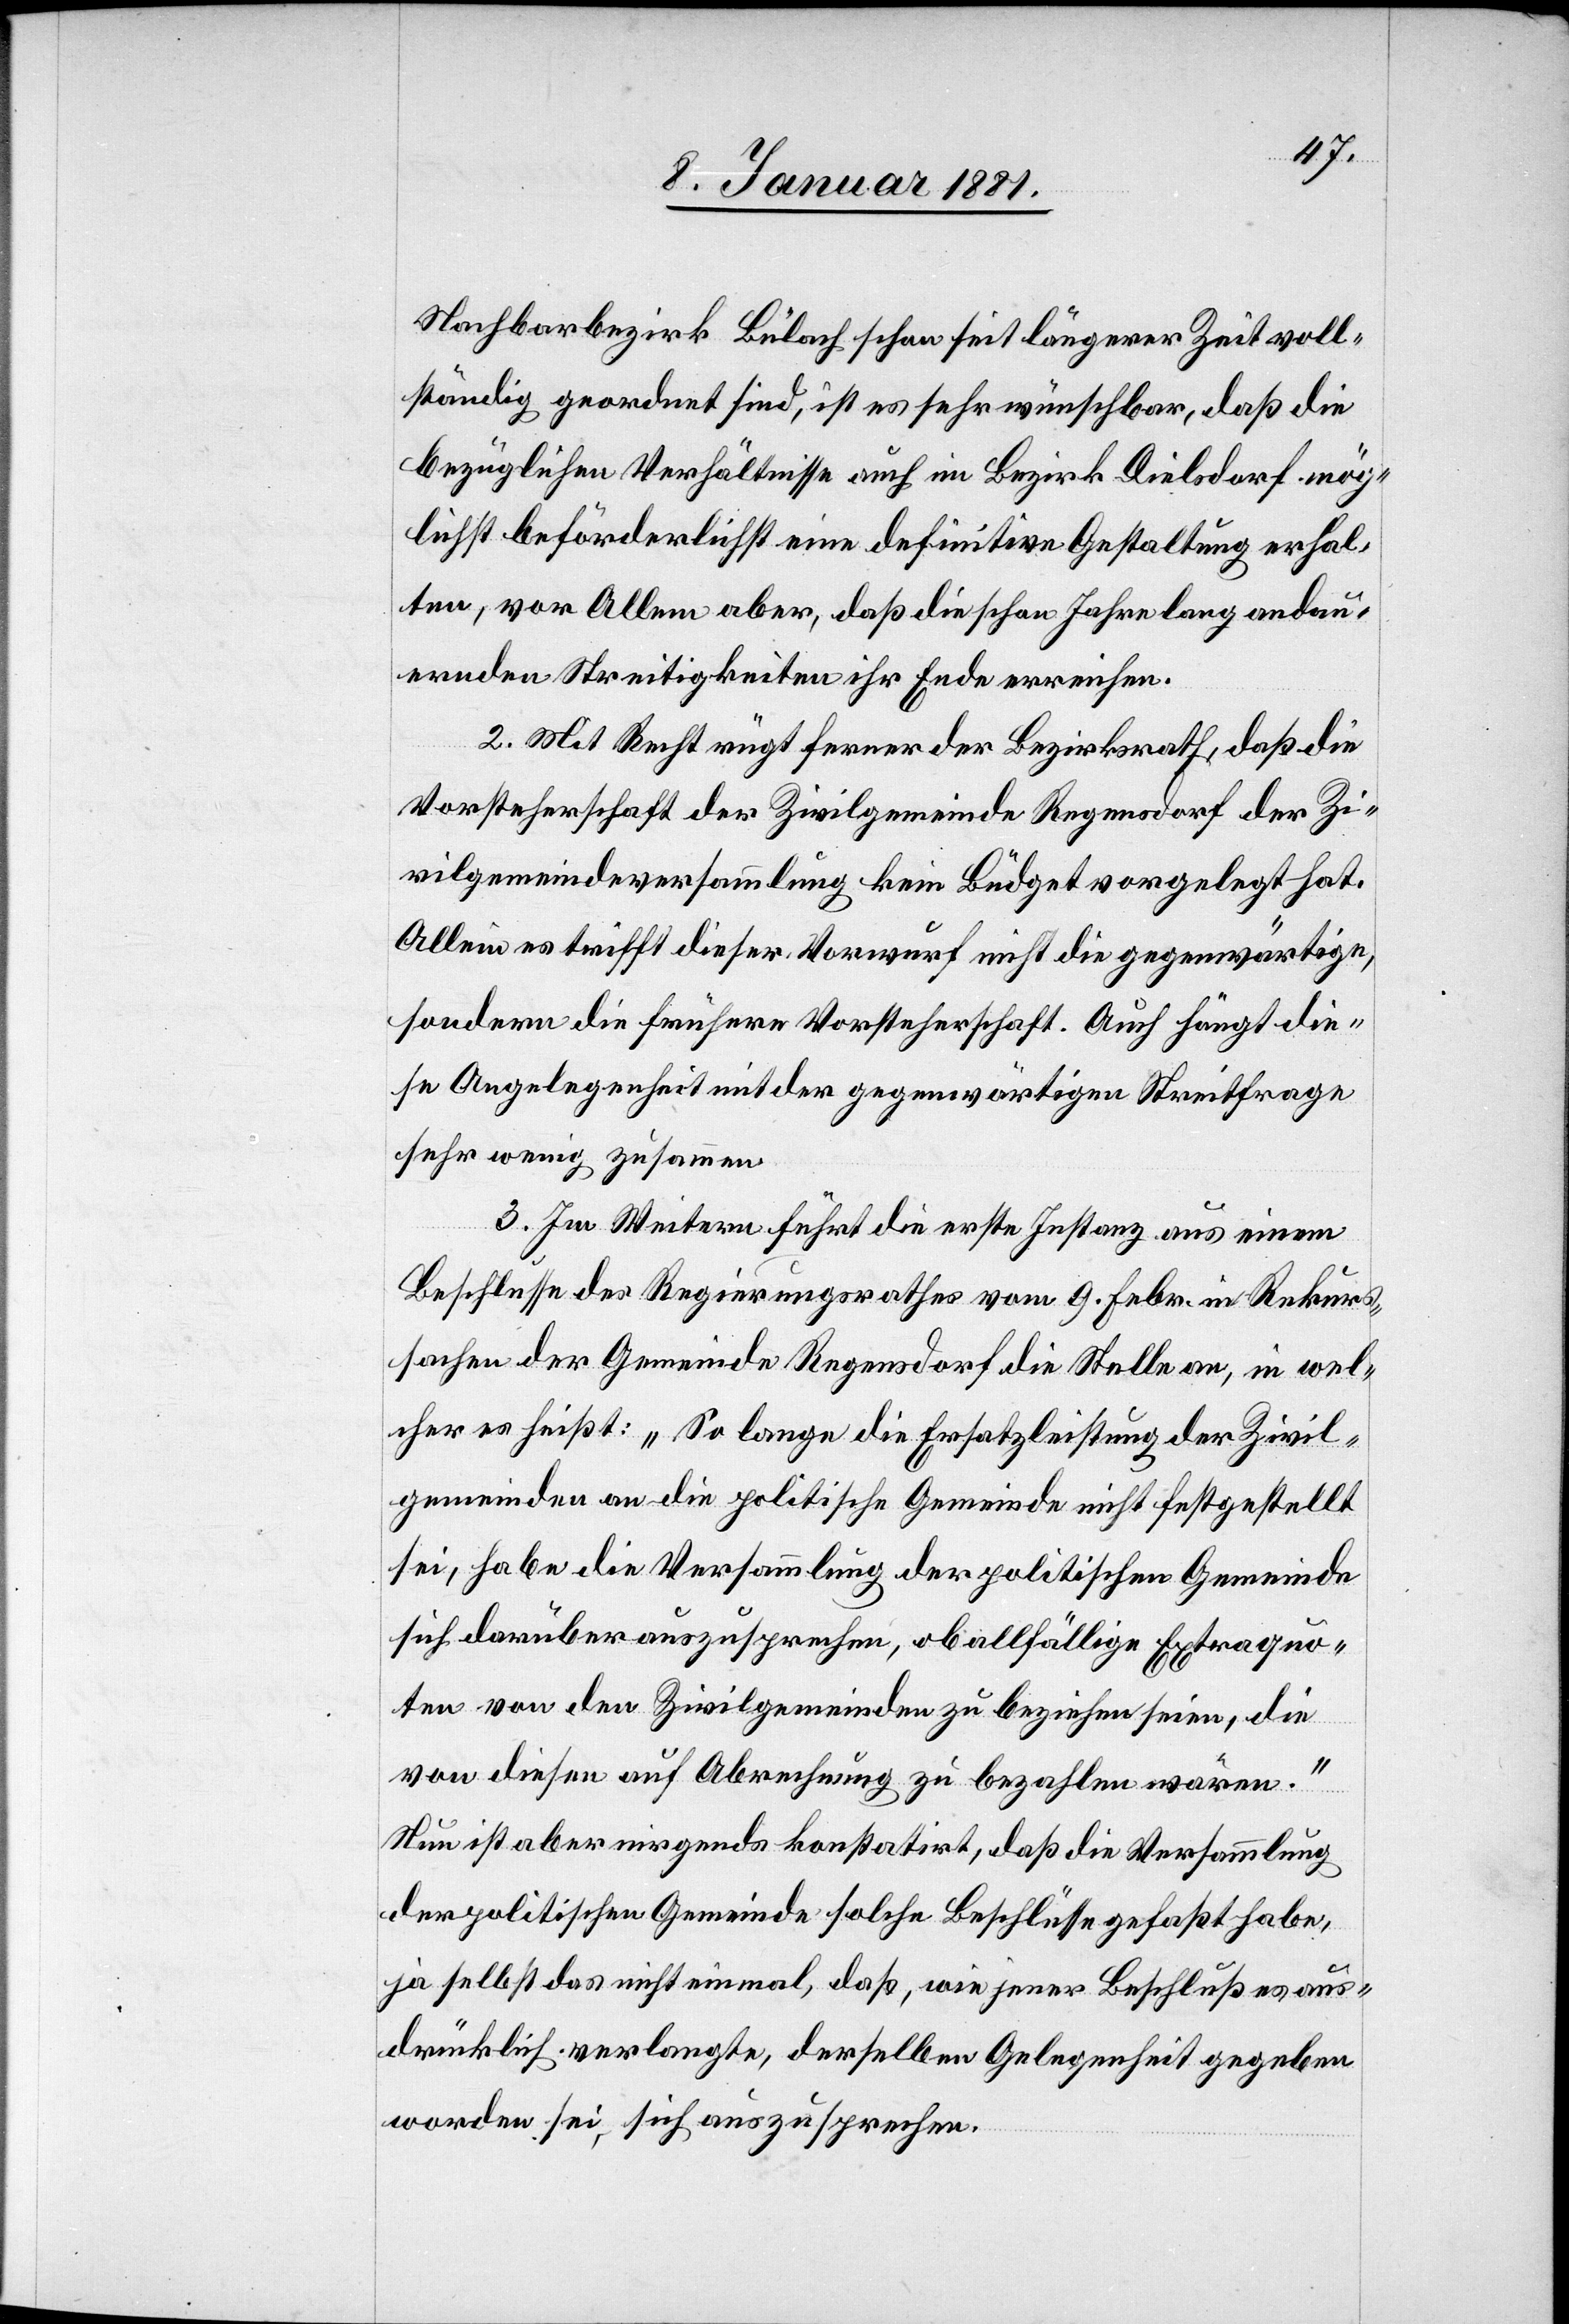
Nachbarbezirk Bülach schon seit längerer Zeit voll¬
ständig geordnet sind, ist es sehr wünschbar, daß die
bezüglichen Verhältnisse auch im Bezirk Dielsdorf mög¬
lichst beförderlich eine definitive Gestaltung erhal¬
ten, vor Allem aber, daß die schon Jahre lang andau¬
ernden Streitigkeiten ihr Ende erreichen.
2. Mit Recht rügt ferner der Bezirksrath, daß die
Vorsteherschaft der Zivilgemeinde Regensdorf der Zi¬
vilgemeindeversammlung kein Büdget vorgelegt hat.
Allein es trifft dieser Vorwurf nicht die gegenwärtige
sondern die frühere Vorsteherschaft. Auch hängt die¬
se Angelegenheit mit der gegenwärtigen Streitfrage
sehr wenig zusammen.
3. Im Weitern führt die erste Instanz aus einem
Beschlusse des Regierungsrathes vom 9. Febr. in Rekurs¬
sachen der Gemeinde Regensdorf die Stelle an, in wel¬
cher es heißt: „So lange die Ersatzleistung der Zivil¬
gemeinden an die politische Gemeinde nicht festgestellt
sei, habe die Versammlung der politischen Gemeinde
sich darüber auszusprechen, ob allfällige Extraquo¬
ten von den Zivilgemeinden zu beziehen seien, die
von diesen auf Abrechnung zu bezahlen wären.“
Neu ist aber nirgends konstatirt, daß die Versammlung
der politischen Gemeinde solche Beschlüsse gefaßt habe,
ja selbst das nicht einmal, daß, wie jener Beschluß es aus¬
drücklich verlangte, derselben Gelegenheit gegeben
worden sei, sich auszusprechen.